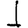
Digit: 1